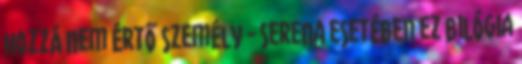
hozzá nem értő személy - Serena esetében ez bilógia